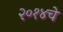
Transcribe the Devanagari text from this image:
२०१४चे